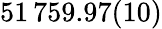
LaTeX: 51\, 759.97(10)